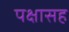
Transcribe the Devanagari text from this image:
पक्षासह